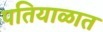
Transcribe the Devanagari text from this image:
पतियाळात